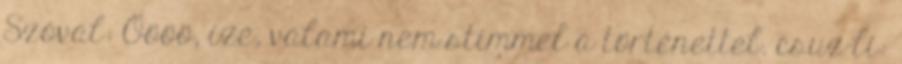
Szóval: Öööö, izé, valami nem stimmel a történettel. csuz-li: